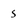
Character: 5